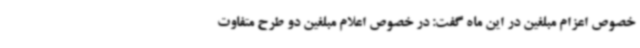
خصوص اعزام مبلغین در این ماه گفت: در خصوص اعلام مبلغین دو طرح متفاوت